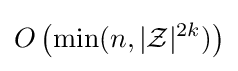
O\left(\min(n,|{\mathcal {Z}}|^{2k})\right)